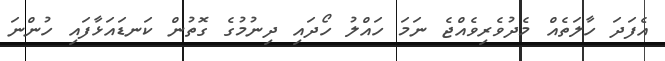
އެފަދަ ހާލަތެއް މެދުވެރިވެއްޖެ ނަމަ ހައްލު ހޯދައި ދިނުމުގެ ގޮތުން ކަނޑައަޅާފައި ހުންނަ